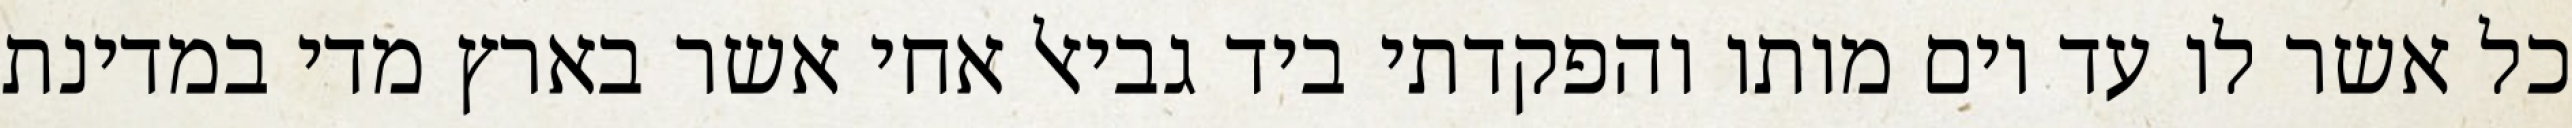
כל אשר לו עד יום מותו והפקדתי ביד גביאל אחי אשר בארץ מדי במדינת